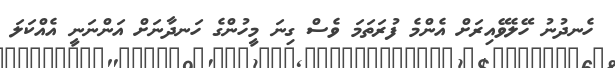
ހެނދުނު ހޭލެވޭއިރަށް އެންމެ ފުރަތަމަ ވެސް ގިނަ މީހުންގެ ހަނދާނަށް އަންނަނީ އެއްކަލަ